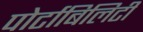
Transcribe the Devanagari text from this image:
पोर्टाबिलिटी